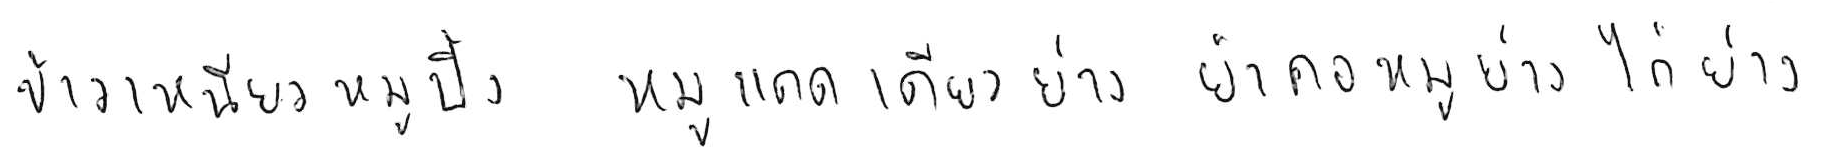
ข้าวเหนียวหมูปิ้ง หมูแดดเดียวย่าง ยำคอหมูย่าง ไก่ย่าง